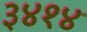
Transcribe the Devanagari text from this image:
३४१४